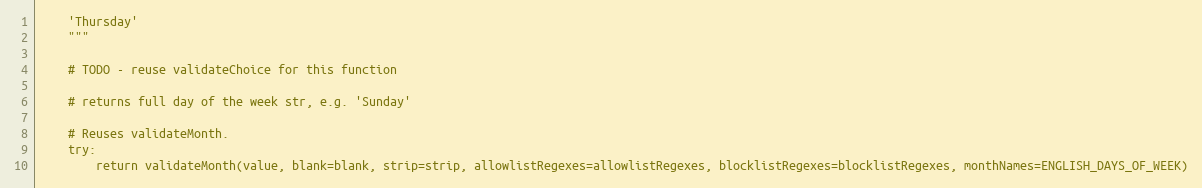
Language: Python
    'Thursday'
    """

    # TODO - reuse validateChoice for this function

    # returns full day of the week str, e.g. 'Sunday'

    # Reuses validateMonth.
    try:
        return validateMonth(value, blank=blank, strip=strip, allowlistRegexes=allowlistRegexes, blocklistRegexes=blocklistRegexes, monthNames=ENGLISH_DAYS_OF_WEEK)